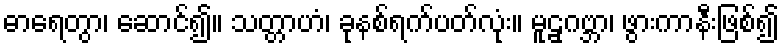
ဓာရေတွာ၊ ဆောင်၍။ သတ္တာဟံ၊ ခုနစ်ရက်ပတ်လုံး။ မူဠှဂဗ္ဘာ၊ ဖွားကာနီးဖြစ်၍